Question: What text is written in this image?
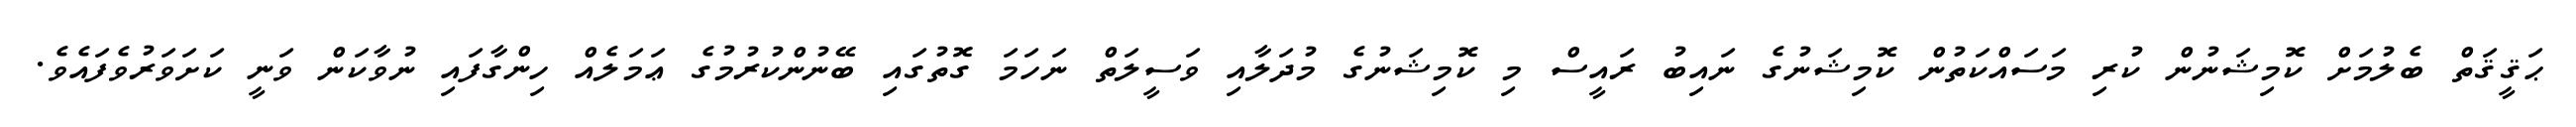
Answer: ޙަޤީޤަތް ބެލުމަށް ކޮމިޝަނުން ކުރި މަސައްކަތުން ކޮމިޝަނުގެ ނައިބު ރައީސް މި ކޮމިޝަނުގެ މުދަލާއި ވަސީލަތް ނަހަމަ ގޮތުގައި ބޭނުންކުރުމުގެ ޢަމަލެއް ހިންގާފައި ނުވާކަން ވަނީ ކަށަވަރުވެފައެވެ.